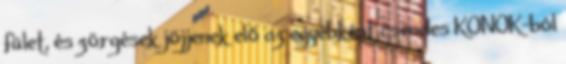
fület, és zörgések jöjjenek elő az egyébként csendes KONOK-ból